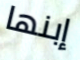
إبنها